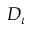
D _ { \iota }